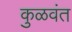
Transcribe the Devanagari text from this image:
कुळवंत